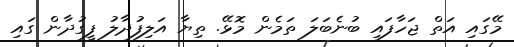
މޭގައި އަތް ޖަހާފައި ބުނެބަލަ ތަމެން މޮޅޭ. ތިޔާ އަލިފުދާލު ފީގުދާން ގައި